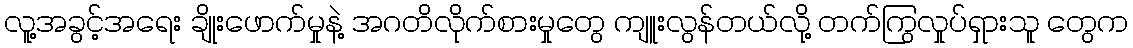
လူ့အခွင့်အရေး ချိုးဖောက်မှုနဲ့ အဂတိလိုက်စားမှုတွေ ကျူးလွန်တယ်လို့ တက်ကြွလှုပ်ရှားသူ တွေက